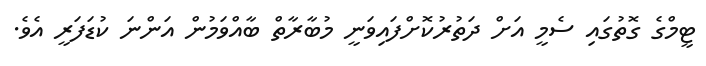
ޓީމްގެ ގޮތުގައި ސެމީ އަށް ދަތުރުކޮށްފައިވަނީ މުބާރާތް ބާއްވަމުން އަންނަ ކުޑަފަރީ އެވެ.